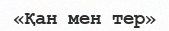
«Қан мен тер»